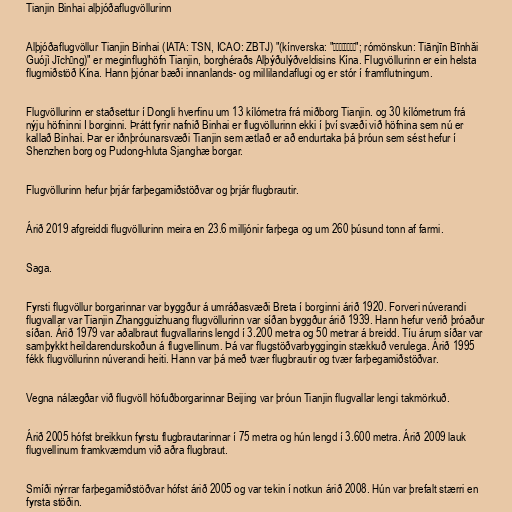
Tianjin Binhai alþjóðaflugvöllurinn

Alþjóðaflugvöllur Tianjin Binhai (IATA: TSN, ICAO: ZBTJ) "(kínverska: "天津滨海国际机场"; rómönskun: Tiānjīn Bīnhăi
Guójì Jīchǎng)" er meginflughöfn Tianjin, borghéraðs Alþýðulýðveldisins Kína. Flugvöllurinn er ein helsta
flugmiðstöð Kína. Hann þjónar bæði innanlands- og millilandaflugi og er stór í framflutningum.

Flugvöllurinn er staðsettur í Dongli hverfinu um 13 kílómetra frá miðborg Tianjin. og 30 kílómetrum frá
nýju höfninni I borginni. Þrátt fyrir nafnið Binhai er flugvöllurinn ekki í því svæði við höfnina sem nú er
kallað Binhai. Þar er iðnþróunarsvæði Tianjin sem ætlað er að endurtaka þá þróun sem sést hefur í
Shenzhen borg og Pudong-hluta Sjanghæ borgar.

Flugvöllurinn hefur þrjár farþegamiðstöðvar og þrjár flugbrautir.

Árið 2019 afgreiddi flugvöllurinn meira en 23.6 milljónir farþega og um 260 þúsund tonn af farmi.

Saga.

Fyrsti flugvöllur borgarinnar var byggður á umráðasvæði Breta í borginni árið 1920. Forveri núverandi
flugvallar var Tianjin Zhangguizhuang flugvöllurinn var síðan byggður árið 1939. Hann hefur verið þróaður
síðan. Árið 1979 var aðalbraut flugvallarins lengd í 3.200 metra og 50 metrar á breidd. Tíu árum síðar var
samþykkt heildarendurskoðun á flugvellinum. Þá var flugstöðvarbyggingin stækkuð verulega. Árið 1995
fékk flugvöllurinn núverandi heiti. Hann var þá með tvær flugbrautir og tvær farþegamiðstöðvar.

Vegna nálægðar við flugvöll höfuðborgarinnar Beijing var þróun Tianjin flugvallar lengi takmörkuð.

Árið 2005 hófst breikkun fyrstu flugbrautarinnar í 75 metra og hún lengd í 3.600 metra. Árið 2009 lauk
flugvellinum framkvæmdum við aðra flugbraut.

Smíði nýrrar farþegamiðstöðvar hófst árið 2005 og var tekin í notkun árið 2008. Hún var þrefalt stærri en
fyrsta stöðin.